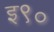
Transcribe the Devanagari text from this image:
इ९०